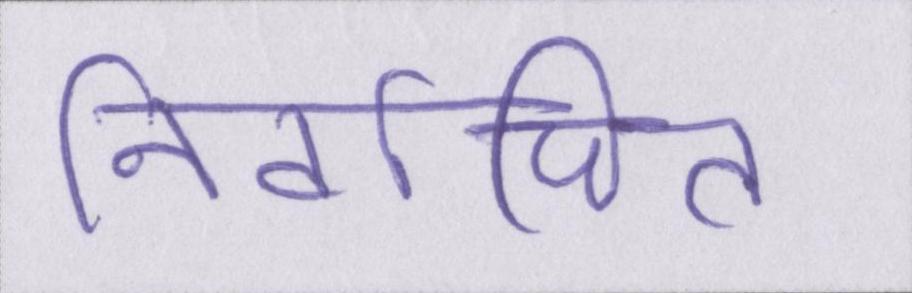
निर्वाचित